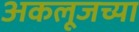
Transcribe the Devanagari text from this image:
अकलूजच्या